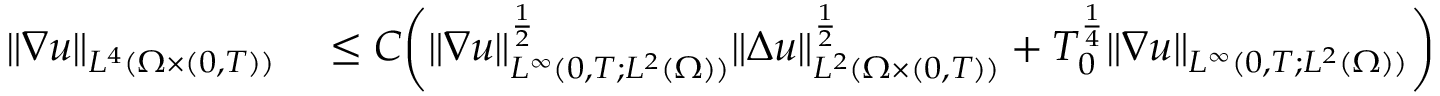
\begin{array} { r l } { \| \nabla u \| _ { L ^ { 4 } ( \Omega \times ( 0 , T ) ) } } & { { } \leq C \bigg ( \| \nabla u \| _ { L ^ { \infty } ( 0 , T ; L ^ { 2 } ( \Omega ) ) } ^ { \frac { 1 } { 2 } } \| \Delta u \| _ { L ^ { 2 } ( \Omega \times ( 0 , T ) ) } ^ { \frac { 1 } { 2 } } + T _ { 0 } ^ { \frac { 1 } { 4 } } \| \nabla u \| _ { L ^ { \infty } ( 0 , T ; L ^ { 2 } ( \Omega ) ) } \bigg ) } \end{array}